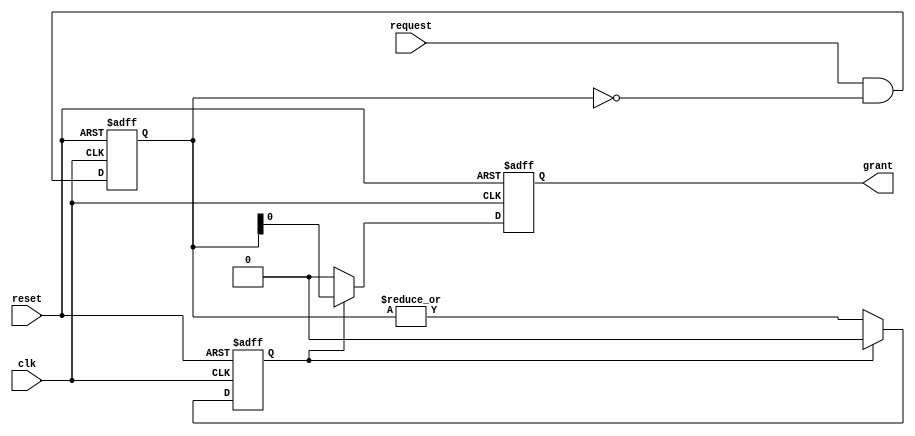
module parallel_arbiter (
    input wire clk,
    input wire reset,
    input wire [N-1:0] request,
    output reg grant
);

parameter N = 4; // Number of input signals

reg [N-1:0] priority;
reg grant_valid;

always @ (posedge clk or posedge reset) begin
    if (reset) begin
        priority <= 0;
        grant_valid <= 0;
        grant <= 0;
    end else begin
        // Priority logic to select highest priority request
        priority <= request & ~priority;
        
        // Grant signal assignment
        if (grant_valid) begin
            grant <= priority;
            grant_valid <= 0;
        end else begin
            grant <= 0;
            grant_valid <= |priority;
        end
    end
end

endmodule